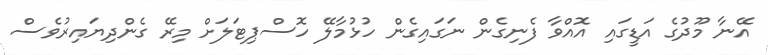
އޭނާ މޫދުގެ އަޑީގައި އޮއްވާ ފެނިގެން ނަގައިގެން ހުޅުމާލޭ ހޮސްޕިޓަލަށް މިރޭ ގެންދިޔައިރުވެސް